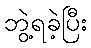
ဘွဲ့ရခဲ့ပြီး